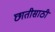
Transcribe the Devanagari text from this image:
छातीसाठी